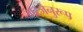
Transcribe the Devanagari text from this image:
गरजेनुरूप